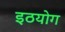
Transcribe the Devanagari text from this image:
इठयोग